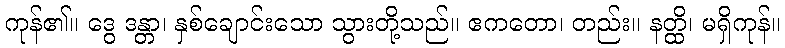
ကုန်၏။ ဒွေ ဒန္တာ၊ နှစ်ချောင်းသော သွားတို့သည်။ ဧကတော၊ တည်း။ နတ္ထိ၊ မရှိကုန်။